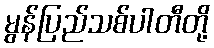
မွန်ပြည်သစ်ပါတီတို့